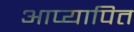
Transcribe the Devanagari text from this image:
आप्यापित